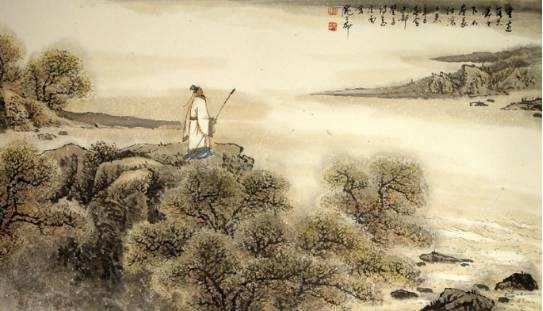
风紧雁行高，无边落木萧萧。